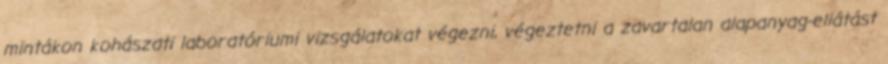
mintákon kohászati laboratóriumi vizsgálatokat végezni, végeztetni a zavartalan alapanyag-ellátást